Indian journal of veterinary science and animal husbandry - Volumes 24-25, 1954-1955
Year: 1954
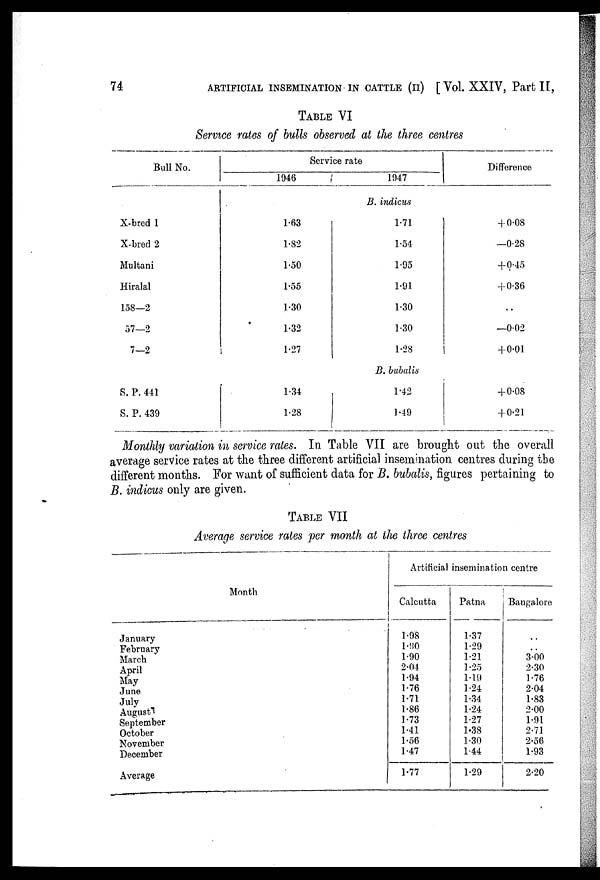
74
ARTIFICIAL INSEMINATION IN CATTLE (II) [ Vol. XXIV, Part IT,
TABLE VI
Service rates of bulls observed at the three centres
Bull No.
Service rate
1946
1947
Difference
B. indicus
X-bred 1
X-bred 2
Multani
Hiralal
158—2
57—2
7—2
1.63
1.82
1.50
1.55
1.30
1.32
1.27
1.71
1.54
1.95
1.91
1.30
1.30
1.28
+ 0.08
—0.28
+ 0.45
+0.36
..
—0.02
+ 0.01
B. bubalis
S. P. 441
S. P. 439
1.34
1.28
1.42
1.49
+ 0.08
+ 0.21
Monthly variation in service rates. In Table VII are brought out the overall
average service rates at the three different artificial insemination centres during the
different months. For want of sufficient data for B. bubalis, figures pertaining to
B. indicus only are given.
TABLE VII
Average service rates per month at the three centres
Month
January
February
March
April
May
June
July
August
September
October
November
December
Average
Artificial insemination centre
Calcutta
1.98
1.90
1.90
2.04
1.94
1.76
1.71
1.86
1.73
1.41
1.56
1.47
1.77
Patna
1.37
1.29
1.21
1.25
1.19
1.24
1.34
1.24
1.27
1.38
1.30
1.44
1.29
Bangalore
..
..
3.00
2.30
1.76
2.04
1.83
2.00
1.91
2.71
2.56
1.93
2.20